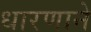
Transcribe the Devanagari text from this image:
धारणाने